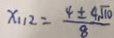
x _ { 1 1 2 } = \frac { 4 \pm 4 \sqrt { 1 0 } } { 8 }